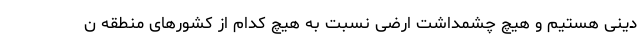
دینی هستیم و هیچ چشمداشت ارضی نسبت به هیچ کدام از کشورهای منطقه ن